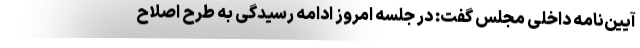
آیین‌نامه داخلی مجلس گفت: در جلسه امروز ادامه رسیدگی به طرح اصلاح